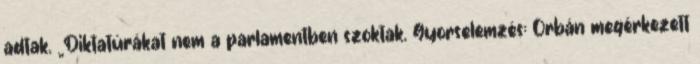
adtak. „Diktatúrákat nem a parlamentben szoktak. Gyorselemzés: Orbán megérkezett